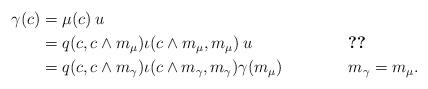
LaTeX: \begin{align*}\gamma(c)&=\mu(c)\: u&&\\&=q(c,c\wedge m_\mu)\iota(c\wedge m_\mu,m_\mu)\: u&&\ref{rmkinvcone}\\&=q(c,c\wedge m_\gamma)\iota(c\wedge m_\gamma,m_\gamma) \gamma(m_\mu)&&m_\gamma=m_\mu.\end{align*}